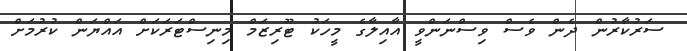
ސަރުކާރުން ދެން ވެސް ވިސްނަންވީ އާއިލާގެ މީހަކު ޓޫރިޒަމް މިނިސްޓަރަކަށް އައްޔަން ކުރުމަށް